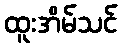
ထူးအိမ်သင်